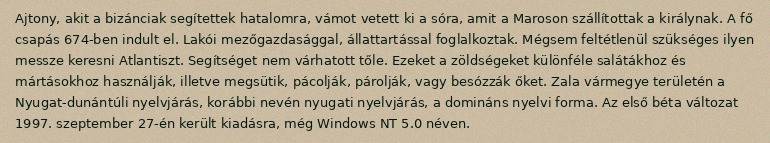
Ajtony, akit a bizánciak segítettek hatalomra, vámot vetett ki a sóra, amit a Maroson szállítottak a királynak. A fő csapás 674-ben indult el. Lakói mezőgazdasággal, állattartással foglalkoztak. Mégsem feltétlenül szükséges ilyen messze keresni Atlantiszt. Segítséget nem várhatott tőle. Ezeket a zöldségeket különféle salátákhoz és mártásokhoz használják, illetve megsütik, pácolják, párolják, vagy besózzák őket. Zala vármegye területén a Nyugat-dunántúli nyelvjárás, korábbi nevén nyugati nyelvjárás, a domináns nyelvi forma. Az első béta változat 1997. szeptember 27-én került kiadásra, még Windows NT 5.0 néven.